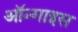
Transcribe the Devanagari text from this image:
ऑन्गाइस